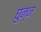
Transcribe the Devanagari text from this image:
घुन्न